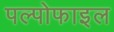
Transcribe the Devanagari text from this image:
पल्पोफाइल